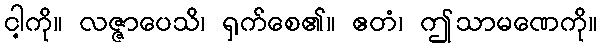
ငါ့ကို။ လဇ္ဇာပေသိ၊ ရှက်စေ၏။ ဧတံ၊ ဤသာမဏေကို။